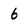
Character: 6